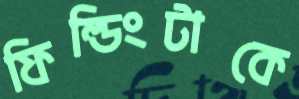
ফিল্ডিংটাকে